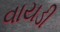
વાયડી